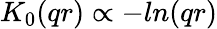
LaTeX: K_{0}(qr)\propto-ln(qr)